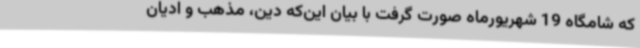
که شامگاه 19 شهریورماه صورت گرفت با بیان این‌که دین، مذهب و ادیان